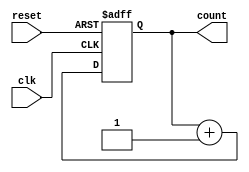
module async_reset_sync_counter (
    input wire clk,               // Clock input
    input wire reset,             // Asynchronous reset input
    output reg [N-1:0] count      // Counter output
);
    parameter N = 3;              // Number of bits for the counter (3 bits for counting 0 to 7)

    // Always block for counting
    always @(posedge clk or posedge reset) begin
        if (reset) begin
            count <= 0;           // Reset the counter to 0
        end else begin
            count <= count + 1;   // Increment the counter on clock edge
        end
    end
endmodule